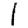
Digit: 1